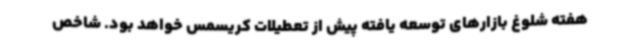
هفته شلوغ بازارهای توسعه یافته پیش از تعطیلات کریسمس خواهد بود. شاخص